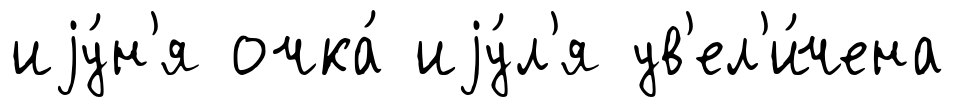
иjу́н'я очка́ иjу́л'я ув'ел'и́чена